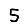
Digit: 5